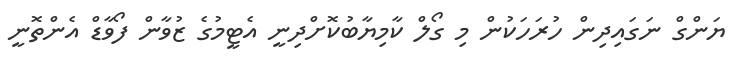
ޔަންގް ނަގައިދިން ހުރަހަކުން މި ގޯލް ކާމިޔާބުކޮށްދިނީ އެޓީމުގެ ޒުވާން ފޯވާޑް އެންތޮނީ